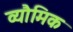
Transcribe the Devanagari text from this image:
व्यौमिक